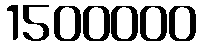
1500000